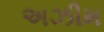
અઝીમ